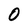
Character: O